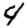
Digit: 4